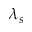
\lambda _ { s }